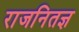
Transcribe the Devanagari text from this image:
राजनितज्ञ